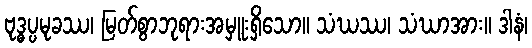
ဗုဒ္ဓပ္ပမုခဿ၊ မြတ်စွာဘုရားအမှူးရှိသော။ သံဃဿ၊ သံဃာအား။ ဒါနံ၊